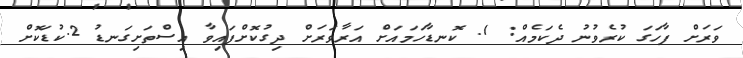
ވަރަށް ފާހަގަ ކުރެވުނު ދެކަމެއް: 1. ކޮނޑާހަމައަށް އަރާވަރަށް ދިގުކޮށްފައިވާ އިސްތަށިގަނޑު 2.ކުޑަކޮށް